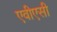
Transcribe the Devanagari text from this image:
एवीएसी